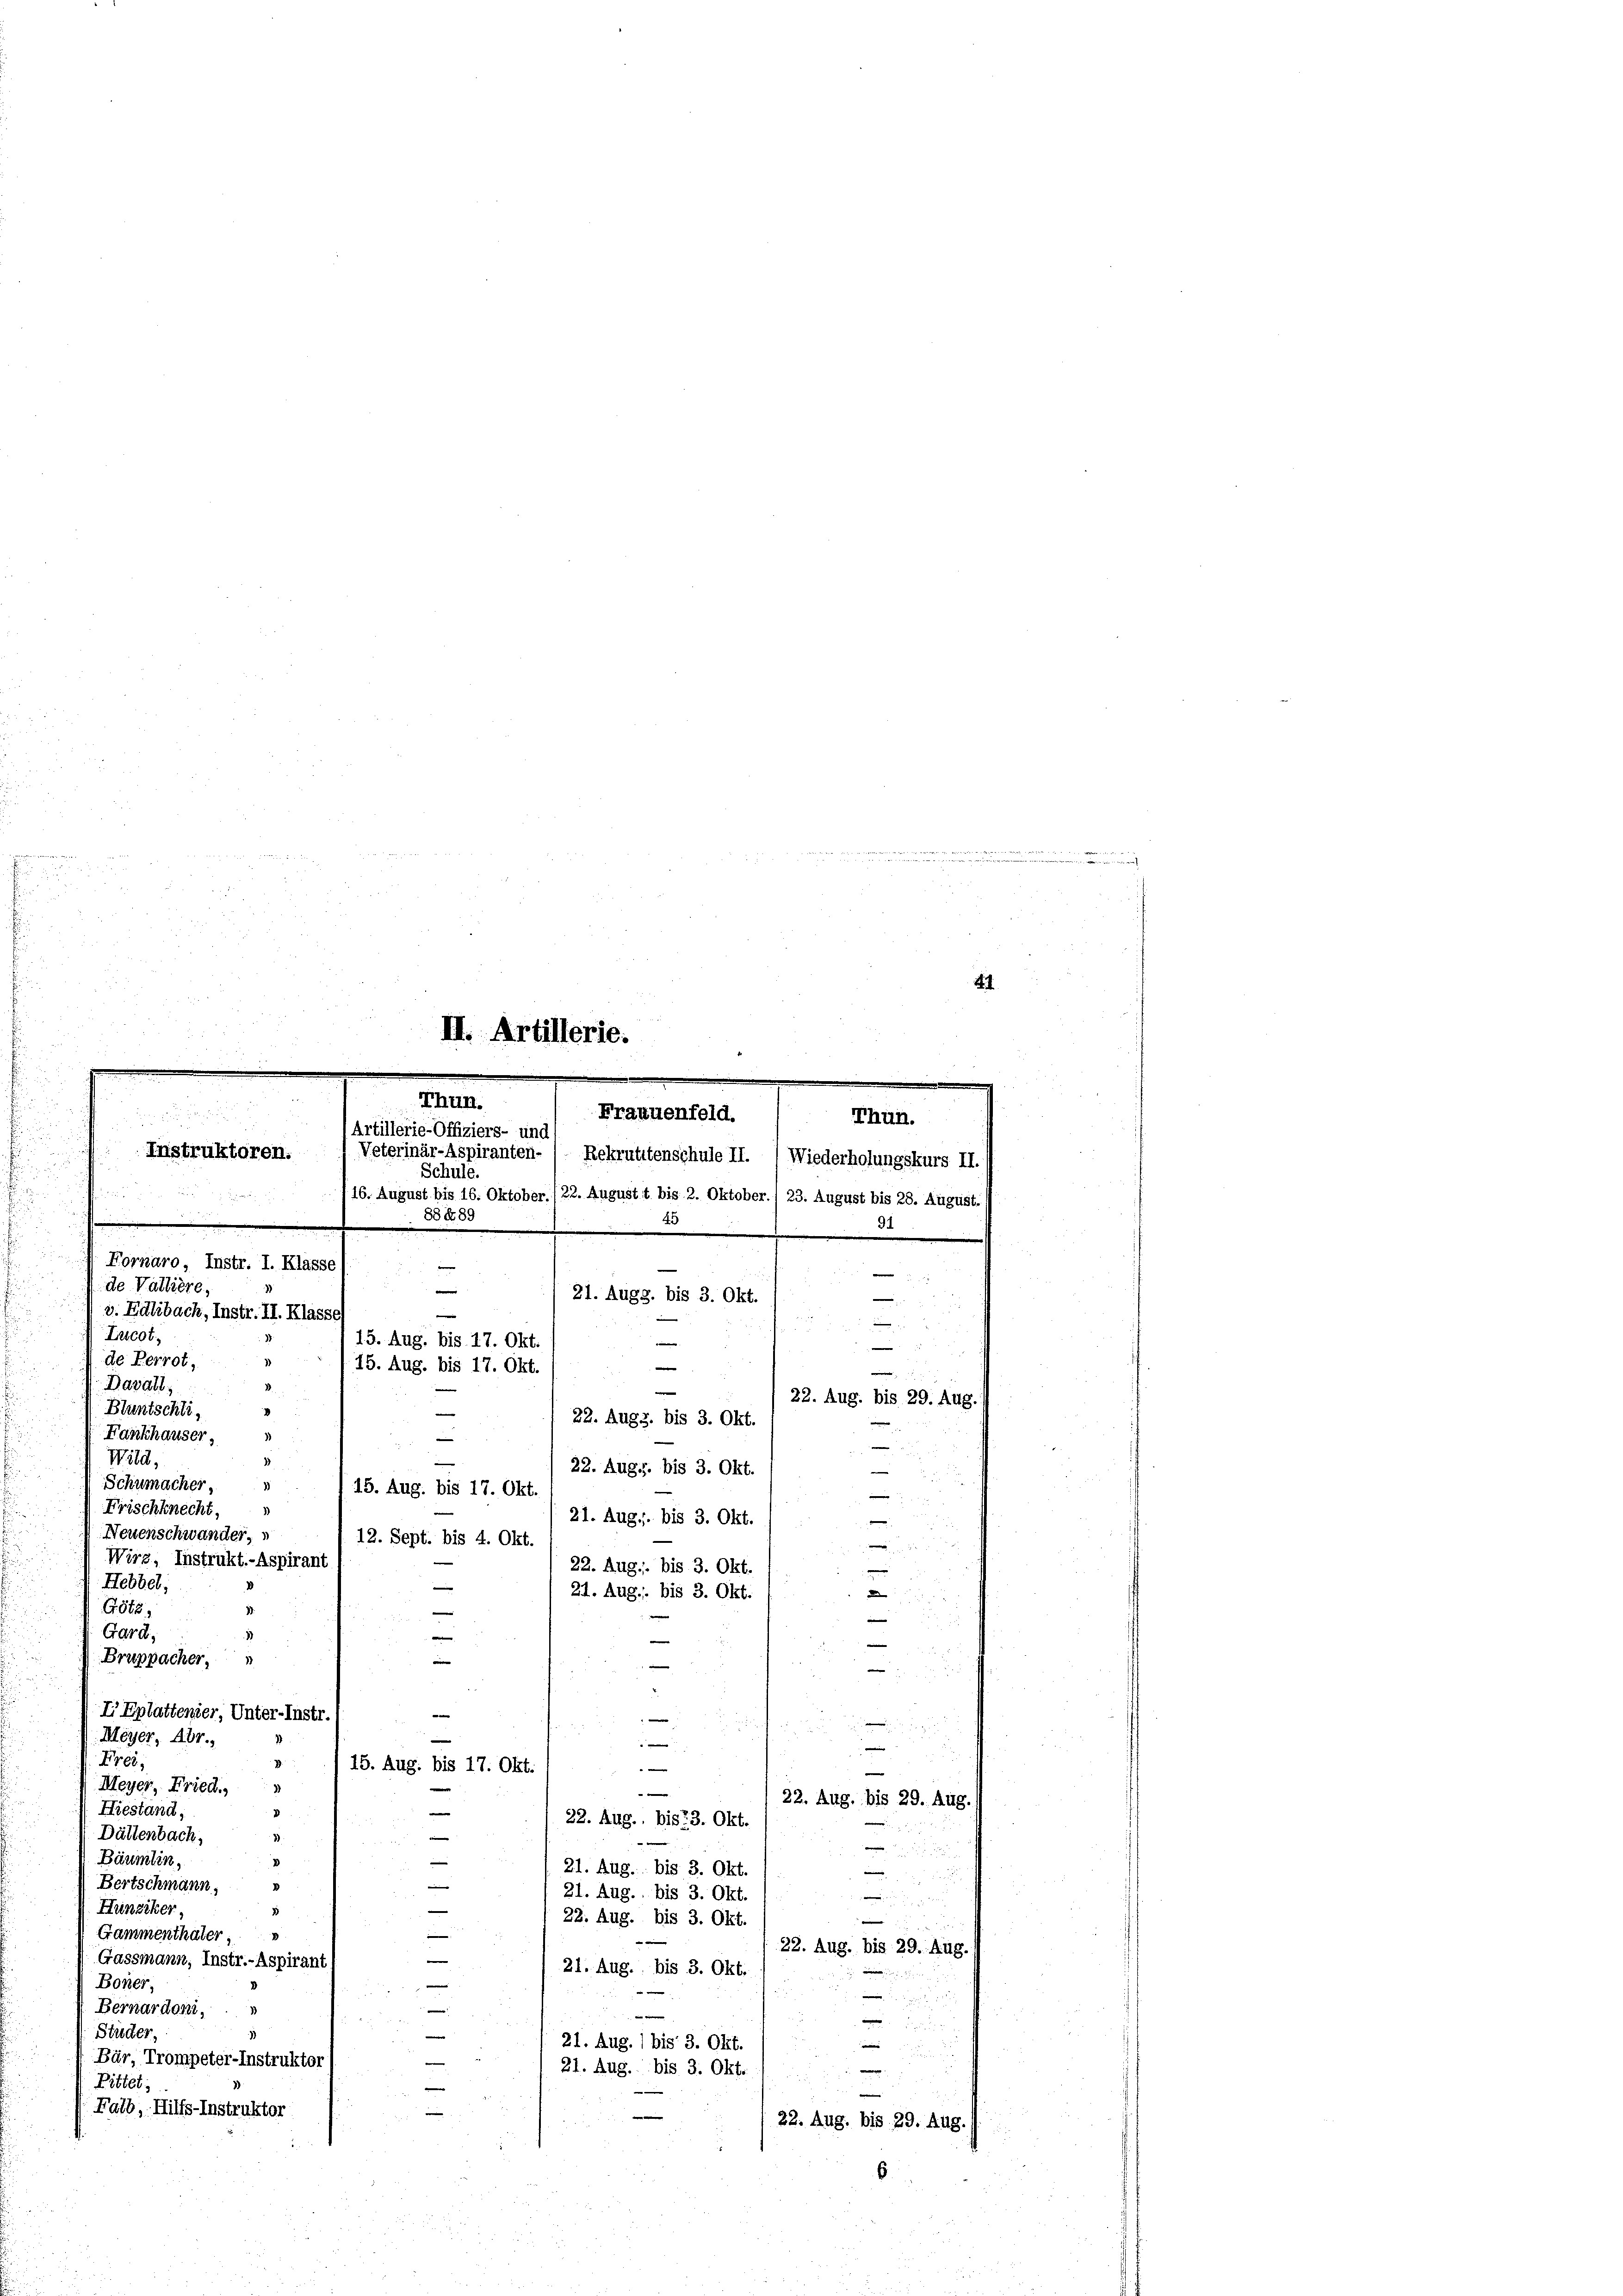
.
un
1
II. Artillerie.

m
.
Thun.
Frauenfeld.

Thun.

Artillerie-Offiziers- und
 Instruktoren. / Veterinär-Aspiranten- / Rekrutitenschule II. 1 Wiederholungskurs II.
Schule.

16. August bis 16. Oktober./22. Augustt bis 2. Oktober. 1 23. August bis 28. August.
88489
.
 Fornaro, Instr. I. Klasse
de Valliere,
v. Edlibach, Instr. II. Klasse
Lacot
de Perrot,
Davall
B
1
Bluntschli,
22. Augs, bis 3. Okt.
Fankhauser,
e
Wild,
e
22. Aug. bis 3. Okt.
Schumacher,
1
15. Aug. bis 17. Okt.
Frischknecht,
21. Aug. bis 3. Okt.
Neuenschwander,
12. Sept. bis 4. Okt.

Wirz, Instrukt.-Aspirant
22. Aug. bis 3. Okt.
Hebbel;
e
21. Aug. bis 3. Okt.

G. 562,

Gard,
e

Bruppacher,
e
5 x
 4
.
I Eplattender, Unter-Instr.

.
Meyer, Abr.,
—
—
u
Frei
1
15. Aug. bis 17. Okt.
"
—
Meyer, Fried.
3
e
22. Aug. bis 29. Aug.1
Hiestand,
22. Aug., bis 23. Okt.
Dättenbach,
3

Bäumlin,
21. Aug. bis 3. Okt.

Bertschmann,
21. Aug. bis 3. Okt.

Hunziker,
22. Aug. bis 3. Okt.

Gammenthäter,
22. Aug. bis 29. Aug.
Gassmann, Instr.-Aspirant
21. Aug. bis 3. Okt.
Boner,
2
Bernardoni,
e
e
Studer,
21. Aug. 1 bis 3. Okt.
e
Bär, Trompeter-Instruktor
21. Aug. bis 3. Okt.

Pittet:
—
Falb, Hilfs-Instruktor
22. Aug. bis 29. Aug.

.
e
d
e
21. Augs. bis 3. Okt.
15. Aug. bis 17. Okt.
e
.
15. Aug. bis 17. Okt.
.

94

x

.
e
m
22. Aug. bis 29. Aug.

.

E
n

n